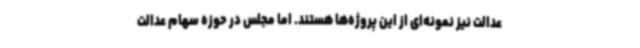
عدالت نیز نمونه‌ای از این پروژه‌ها هستند. اما مجلس در حوزه سهام عدالت